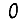
Digit: 0